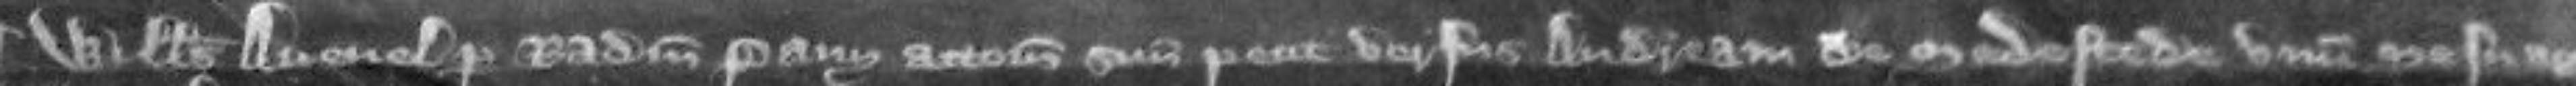
¶Willelmus Avenel per Radulfum Pavy attornatum suum petit versus Andream de Medestede unum messagium